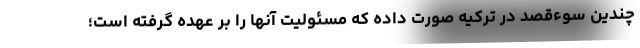
چندین سوءقصد در ترکیه صورت داده که مسئولیت آنها را بر عهده گرفته است؛